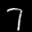
Digit: 7